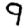
Digit: 9